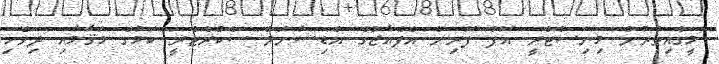
މީގެއިތުރުން މިނިސްޓްރީ އޮފް ފޮރިން އެފެއާޒްގެ އެޑިޝަނަލް ސެކްރެޓެރީ ކަމުގެ މަޤާމާއި ދިވެހި